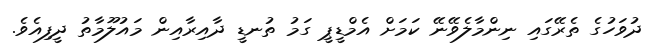
ދުވަހުގެ ތެރޭގައި ނިންމާލެވޭނޭ ކަމަށް އެމްޑީޕީ ގަމު ތުނޑީ ދާއިރާއިން މައުލޫމާތު ދީފިއެވެ.